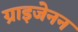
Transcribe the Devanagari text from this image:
ग्राइजेनन